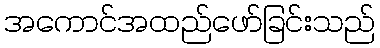
အကောင်အထည်ဖော်ခြင်းသည်